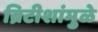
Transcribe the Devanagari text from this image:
ब्रिटीशांमुळे